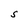
Character: S